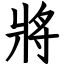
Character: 將